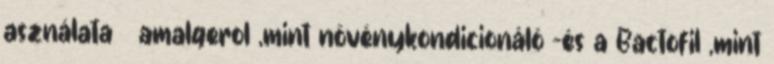
asználata amalgerol ,mint növénykondicionáló -és a Bactofil ,mint